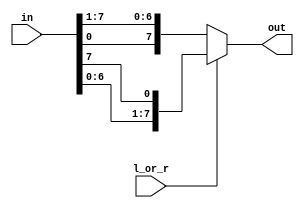
`timescale 1ns / 1ps
//////////////////////////////////////////////////////////////////////////////////
// Company: 
// Engineer: 
// 
// Design Name: 
// Module Name: multifunctionBarrelShifter
// Project Name: 
// Target Devices: 
// Tool Versions: 
// Description: 
// 
// Dependencies: 
// 
// Revision:
// Revision 0.01 - File Created
// Additional Comments:
// 
//////////////////////////////////////////////////////////////////////////////////

// both iterations work just swap comments on the always blocks and output declaration
module multifunctionBarrelShifter
    #(parameter N = 8)
    (
    input [N-1:0] in,
    input l_or_r,
    output reg [N-1:0] out
    );

    reg [N-1:0] out_l, out_r;

     always@(*) begin
         out_l = { in[N-2:0], in[N-1] };
         out_r = { in[0], in[N-1:1] };
    
        if(l_or_r) begin
             out = out_l;
         end
         else begin
             out = out_r;
         end
     end
    
endmodule